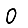
Digit: 0